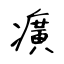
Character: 癀